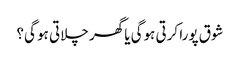
شوق پورا کرتی ہوگی یا گھر چلاتی ہو گی؟